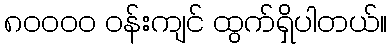
၈၀၀၀၀ ဝန်းကျင် ထွက်ရှိပါတယ်။